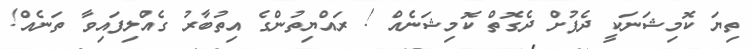
ތިޔަ ކޮމިޝަނަކީ ދެފުށް ދެގޮތް ކޮމިޝަނެއް ! ރައްޔިތުންގެ އިތުބާރު ގެއްލިފައިވާ ތަނެއް!